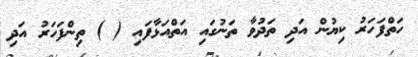
ހަތްފަހަރު ކިޔުން އަދި ތަދުވާ ތަނުގައި އަތްއަޅާފައި ( ) ތިންފަހަރު އަދި